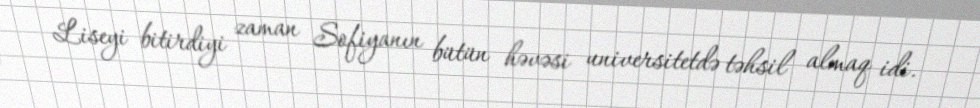
Liseyi bitirdiyi zaman Sofiyanın bütün həvəsi universitetdə təhsil almaq idi.